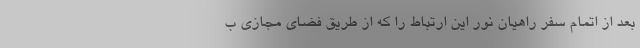
بعد از اتمام سفر راهیان نور این ارتباط را که از طریق فضای مجازی ب